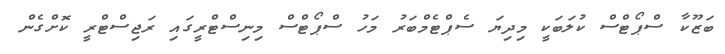
ބަޒޫކާ ސްޕޯޓްސް ކުލަބަކީ މިދިޔަ ސެޕްޓެމްބަރު މަހު ސްޕޯޓްސް މިނިސްޓްރީގައި ރަޖިސްޓްރީ ކޮށްގެން